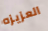
العزيزه